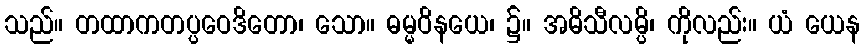
သည်။ တထာကတပ္ပဝေဒိတော၊ သော။ ဓမ္မဝိနယေ၊ ၌။ အဓိသီလမ္ပိ၊ ကိုလည်း။ ယံ ယေန